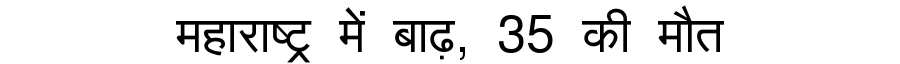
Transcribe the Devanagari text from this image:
महाराष्ट्र में बाढ़, 35 की मौत